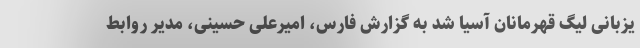
یزبانی لیگ قهرمانان آسیا شد به گزارش فارس، امیرعلی حسینی، مدیر روابط